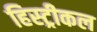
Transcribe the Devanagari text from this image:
हिस्ट्रीकल